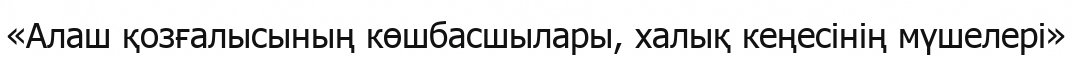
«Алаш қозғалысының көшбасшылары, халық кеңесінің мүшелері»